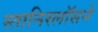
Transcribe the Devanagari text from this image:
स्तानिस्लॉसने